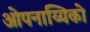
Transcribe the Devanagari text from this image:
ओपनाय्यिको